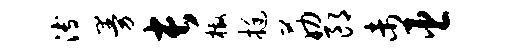
溥曼长檄挺筋郎未臣